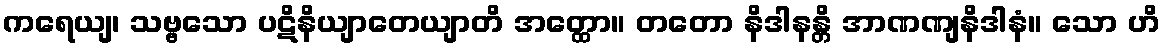
ကရေယျ၊ သဗ္ဗသော ပဋိနိယျာတေယျာတိ အတ္ထော။ တတော နိဒါနန္တိ အာဏဏျနိဒါနံ။ သော ဟိ